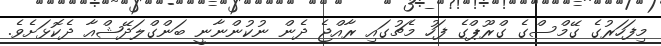
މިފަހަރުގެ ގޭމްސްގެ ގްރޫޕްގެ ފަހު މެޗުގައި ރާއްޖެ ދެން ނުކުންނާނީ ބަންގްލަދޭޝްއާ ދެކޮޅަށެވެ.